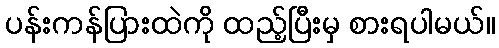
ပန်းကန်ပြားထဲကို ထည့်ပြီးမှ စားရပါမယ်။